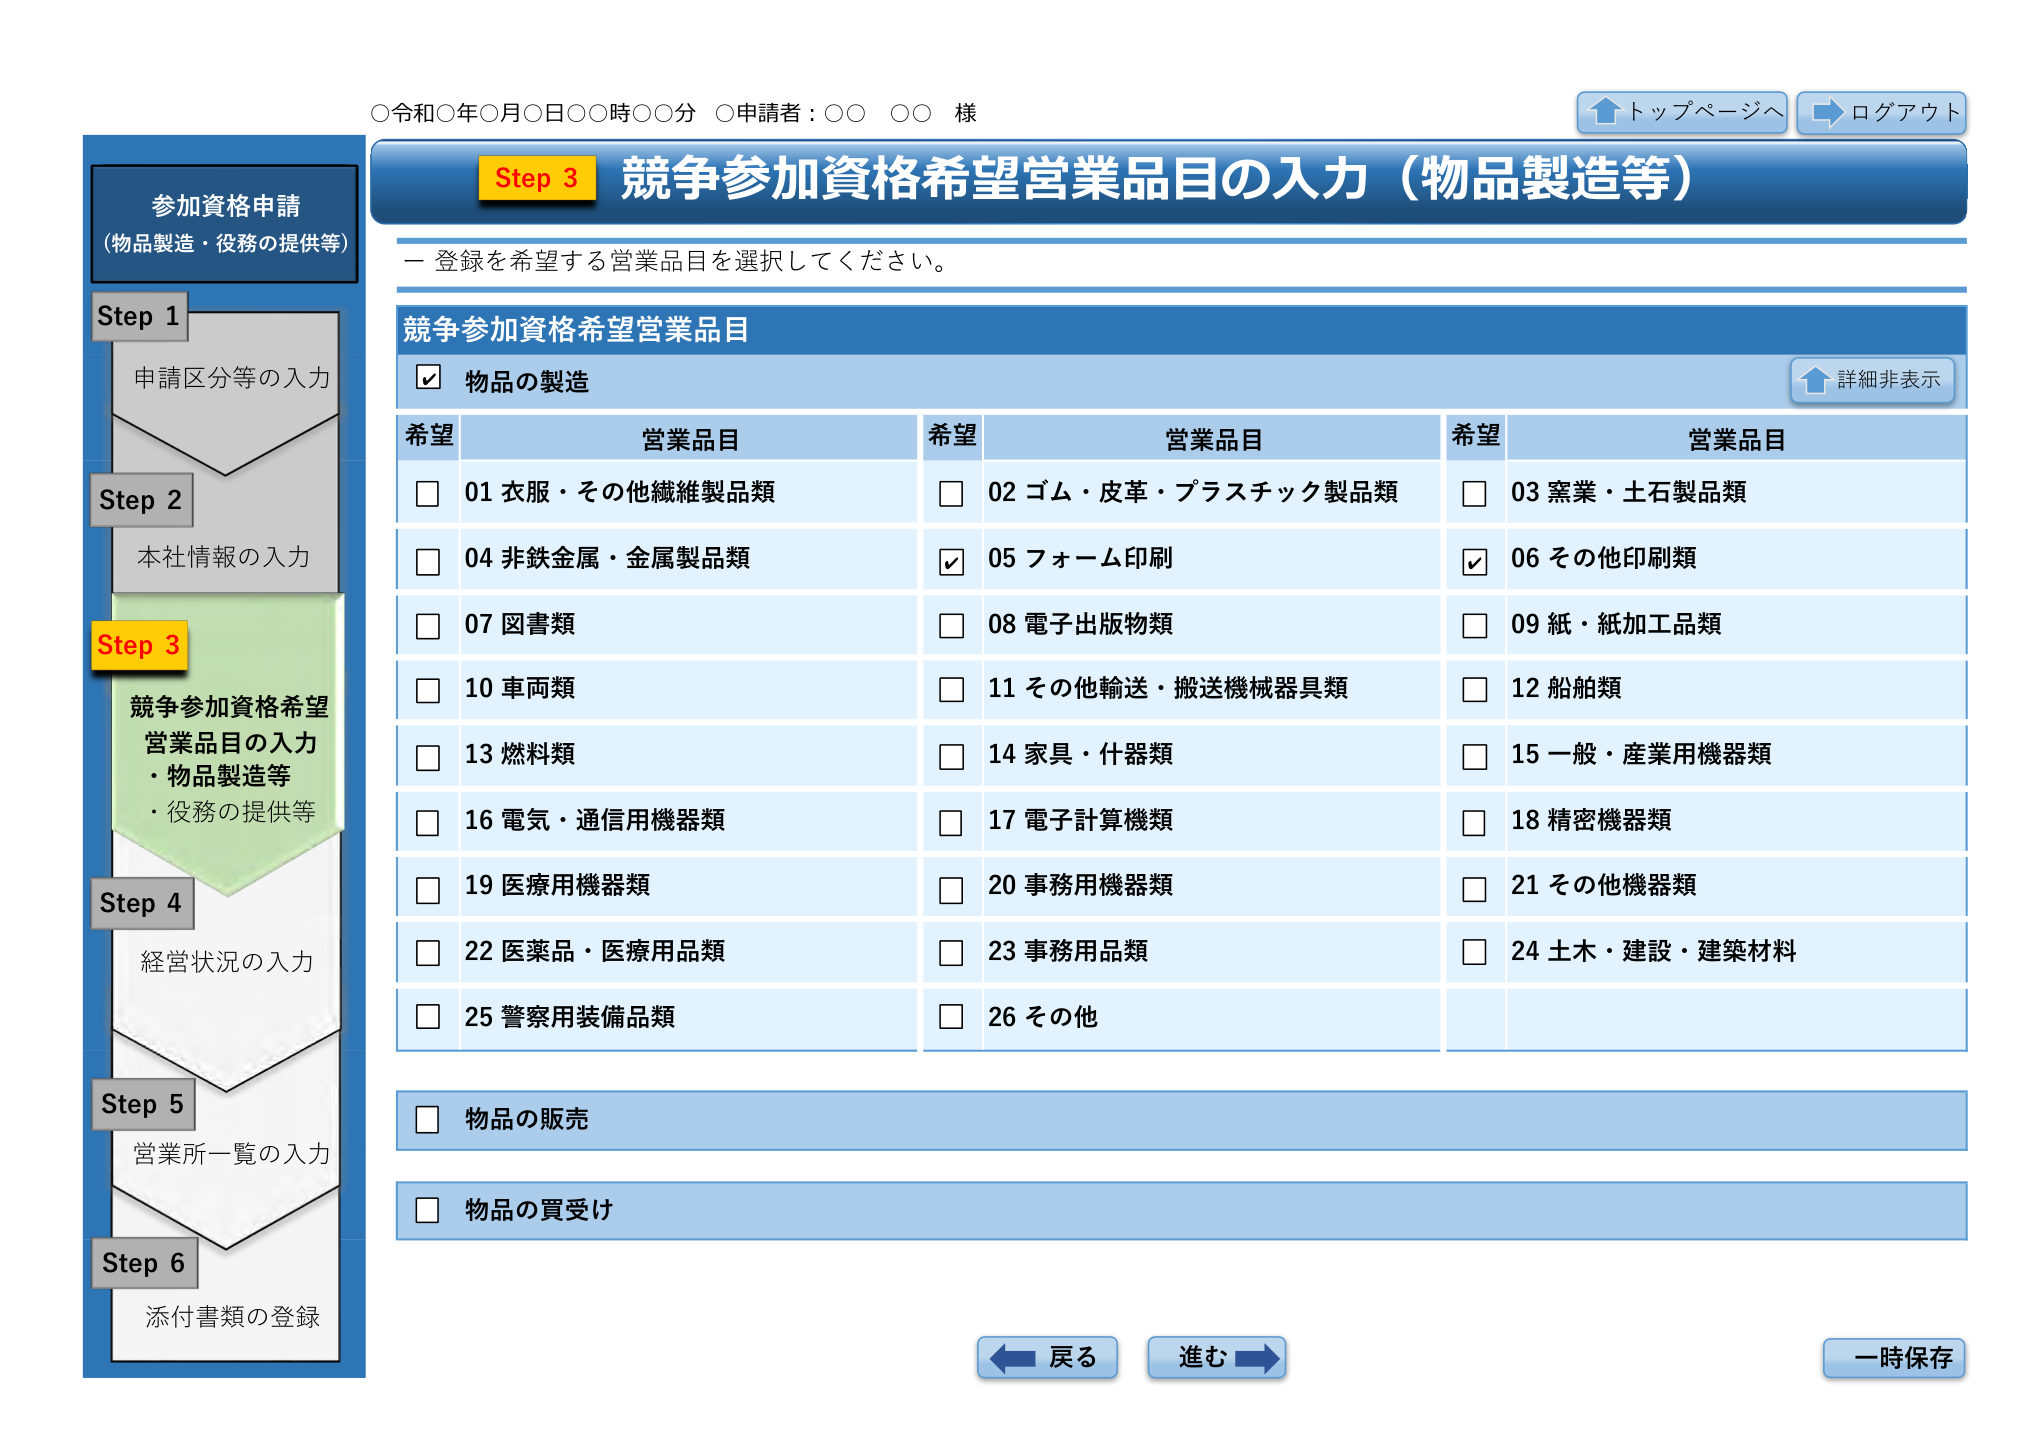
○令和○年○月○日○○時○○分 ○申請者：○○ ○○ 様

トップページへ
ログアウト

参加資格申請
（物品製造・役務の提供等）

Step 1
申請区分等の入力

Step 2
本社情報の入力

Step 3
競争参加資格希望営業品目の入力
・物品製造等
・役務の提供等

Step 4
経営状況の入力

Step 5
営業所一覧の入力

Step 6
添付書類の登録

Step 3 競争参加資格希望営業品目の入力（物品製造等）

ー 登録を希望する営業品目を選択してください。

競争参加資格希望営業品目

☑ 物品の製造

希望 営業品目 希望 営業品目 希望 営業品目

□ 01 衣服・その他繊維製品類 □ 02 ゴム・皮革・プラスチック製品類 □ 03 窯業・土石製品類

□ 04 非鉄金属・金属製品類 ☑ 05 フォーム印刷 ☑ 06 その他印刷類

□ 07 図書類 □ 08 電子出版物類 □ 09 紙・紙加工品類

□ 10 車両類 □ 11 その他輸送・搬送機械器具類 □ 12 船舶類

□ 13 燃料類 □ 14 家具・什器類 □ 15 一般・産業用機器類

□ 16 電気・通信用機器類 □ 17 電子計算機類 □ 18 精密機器類

□ 19 医療用機器類 □ 20 事務用機器類 □ 21 その他機器類

□ 22 医薬品・医療用品類 □ 23 事務用品類 □ 24 土木・建設・建築材料

□ 25 警察用装備品類 □ 26 その他

□ 物品の販売

□ 物品の買受け

戻る 進む 一時保存

詳細非表示